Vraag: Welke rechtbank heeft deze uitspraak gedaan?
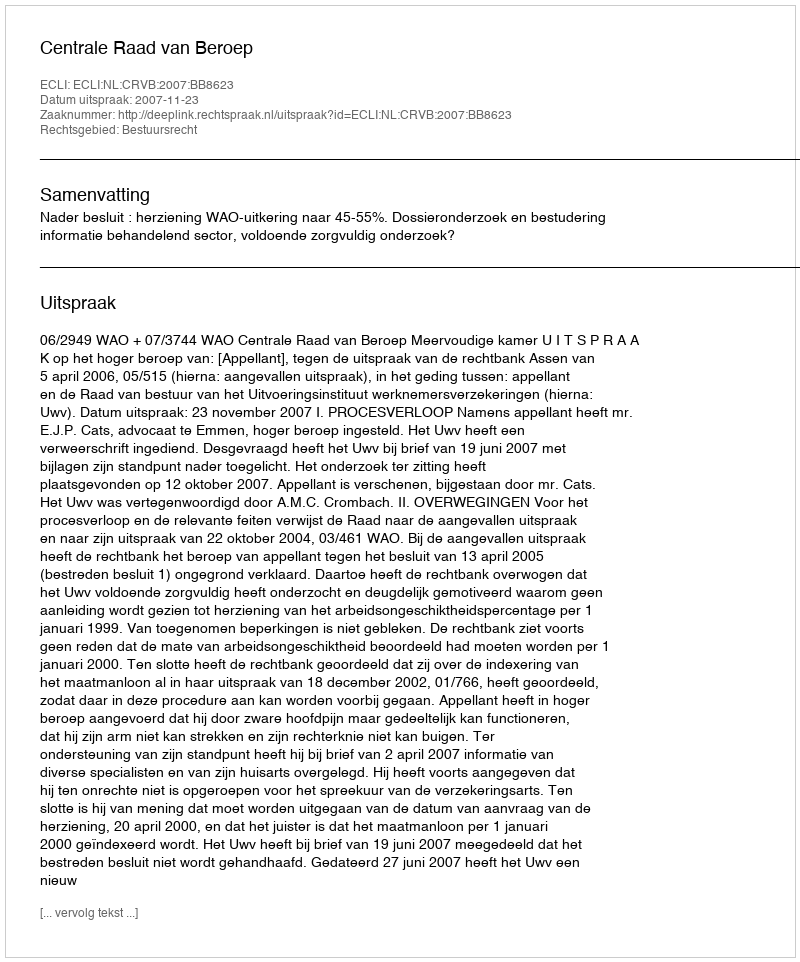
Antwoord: Centrale Raad van Beroep